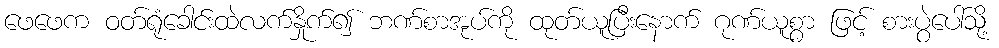
ဖေဖေက ဝတ်ရုံခေါင်းထဲလက်နှိုက်၍ ဘဏ်စာအုပ်ကို ထုတ်ယူပြီးနောက် ဂုဏ်ယူစွာ ဖြင့် စားပွဲပေါ်သို့